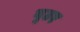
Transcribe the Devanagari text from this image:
बूटर